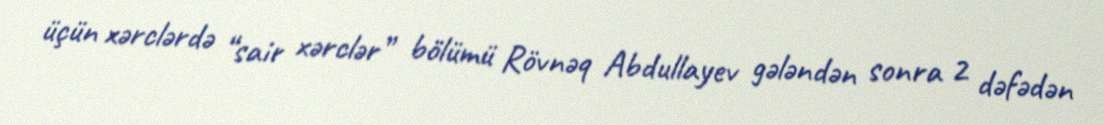
üçün xərclərdə “sair xərclər” bölümü Rövnəq Abdullayev gələndən sonra 2 dəfədən